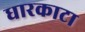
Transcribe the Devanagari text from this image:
धारकाटा